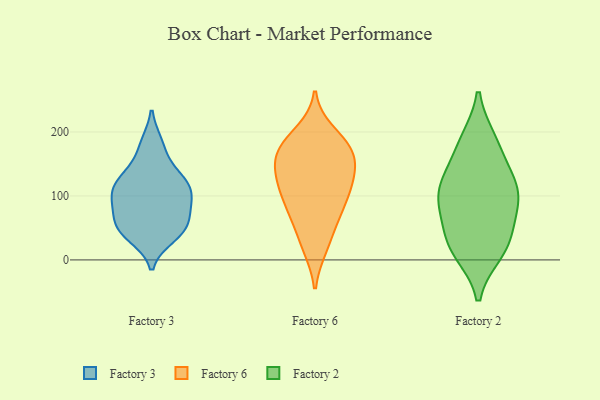
{"axis": {"x": "Humidity (%)", "y": "Value"}, "legend": ["Factory 2", "Factory 3", "Factory 6"], "data": [{"x": "", "y": 135, "type": "Factory 3"}, {"x": "", "y": 181, "type": "Factory 3"}, {"x": "", "y": 118, "type": "Factory 3"}, {"x": "", "y": 47, "type": "Factory 3"}, {"x": "", "y": 37, "type": "Factory 3"}, {"x": "", "y": 98, "type": "Factory 3"}, {"x": "", "y": 119, "type": "Factory 3"}, {"x": "", "y": 55, "type": "Factory 3"}, {"x": "", "y": 43, "type": "Factory 3"}, {"x": "", "y": 86, "type": "Factory 3"}, {"x": "", "y": 107, "type": "Factory 3"}, {"x": "", "y": 51, "type": "Factory 3"}, {"x": "", "y": 133, "type": "Factory 3"}, {"x": "", "y": 177, "type": "Factory 3"}, {"x": "", "y": 115, "type": "Factory 3"}, {"x": "", "y": 84, "type": "Factory 3"}, {"x": "", "y": 85, "type": "Factory 3"}, {"x": "", "y": 53, "type": "Factory 3"}, {"x": "", "y": 147, "type": "Factory 6"}, {"x": "", "y": 173, "type": "Factory 6"}, {"x": "", "y": 150, "type": "Factory 6"}, {"x": "", "y": 191, "type": "Factory 6"}, {"x": "", "y": 65, "type": "Factory 6"}, {"x": "", "y": 120, "type": "Factory 6"}, {"x": "", "y": 200, "type": "Factory 6"}, {"x": "", "y": 160, "type": "Factory 6"}, {"x": "", "y": 20, "type": "Factory 6"}, {"x": "", "y": 162, "type": "Factory 6"}, {"x": "", "y": 124, "type": "Factory 6"}, {"x": "", "y": 64, "type": "Factory 6"}, {"x": "", "y": 19, "type": "Factory 6"}, {"x": "", "y": 166, "type": "Factory 6"}, {"x": "", "y": 184, "type": "Factory 6"}, {"x": "", "y": 106, "type": "Factory 6"}, {"x": "", "y": 103, "type": "Factory 6"}, {"x": "", "y": 94, "type": "Factory 6"}, {"x": "", "y": 65, "type": "Factory 6"}, {"x": "", "y": 120, "type": "Factory 6"}, {"x": "", "y": 97, "type": "Factory 2"}, {"x": "", "y": 14, "type": "Factory 2"}, {"x": "", "y": 85, "type": "Factory 2"}, {"x": "", "y": 187, "type": "Factory 2"}, {"x": "", "y": 110, "type": "Factory 2"}, {"x": "", "y": 148, "type": "Factory 2"}, {"x": "", "y": 69, "type": "Factory 2"}, {"x": "", "y": 185, "type": "Factory 2"}, {"x": "", "y": 37, "type": "Factory 2"}, {"x": "", "y": 12, "type": "Factory 2"}, {"x": "", "y": 29, "type": "Factory 2"}, {"x": "", "y": 113, "type": "Factory 2"}, {"x": "", "y": 118, "type": "Factory 2"}]}